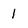
Character: 1